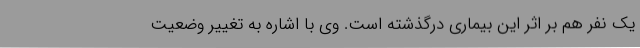
یک نفر هم بر اثر این بیماری درگذشته است. وی با اشاره به تغییر وضعیت